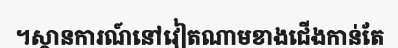
។ស្ថានការណ៍នៅវៀតណាមខាងជើងកាន់តែ